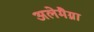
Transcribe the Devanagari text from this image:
अलेमैग्ना